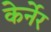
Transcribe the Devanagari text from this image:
केर्नेर